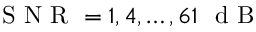
\mathrm { ~ S ~ N ~ R ~ } = 1 , 4 , \dotsc , 6 1 \ \mathrm { ~ d ~ B ~ }